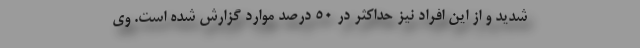
شدید و از این افراد نیز حداکثر در ۵۰ درصد موارد گزارش شده است. وی